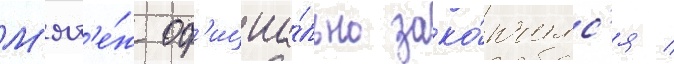
М'ят'е́ж оф'ициа́льно зако́нчилс'я /